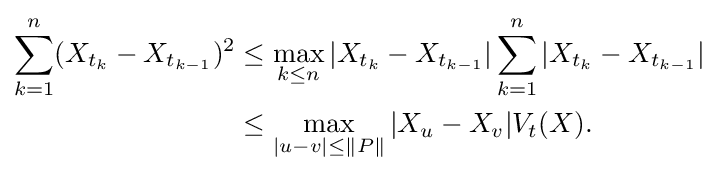
{\begin{aligned}\sum _{k=1}^{n}(X_{t_{k}}-X_{t_{k-1}})^{2}&\leq \max _{k\leq n}|X_{t_{k}}-X_{t_{k-1}}|\sum _{k=1}^{n}|X_{t_{k}}-X_{t_{k-1}}|\\&\leq \max _{|u-v|\leq \Vert P\Vert }|X_{u}-X_{v}|V_{t}(X).\end{aligned}}